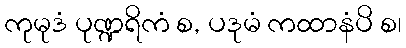
ကုမုဒံ ပုဏ္ဍရိကံ စ, ပဒုမံ ကထာနံပိ စ၊